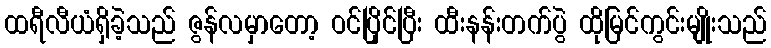
ထရီလီယံရှိခဲ့သည် ဇွန်လမှာတော့ ဝင်ပြိုင်ပြီး ထီးနန်းတက်ပွဲ ထိုမြင်ကွင်းမျိုးသည်